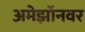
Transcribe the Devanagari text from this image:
अमेझॉनवर